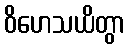
ဝိဟေသယိတွာ